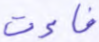
فاءت